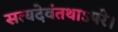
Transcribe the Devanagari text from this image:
सत्यदेवंतथाऽपरे।